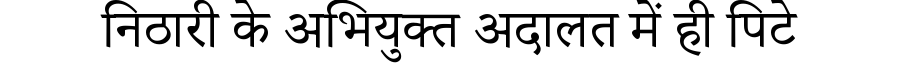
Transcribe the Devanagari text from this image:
निठारी के अभियुक्त अदालत में ही पिटे